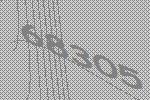
68305